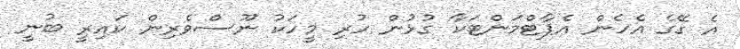
އެ ގޭގެ އެހެން އެޕާޓްމަންޓަކާ ގުޅުން ހުރި މީހަކު ނޫސްވެރިން ކައިރީ ބުނީ